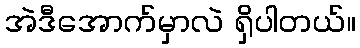
အဲဒီအောက်မှာလဲ ရှိပါတယ်။